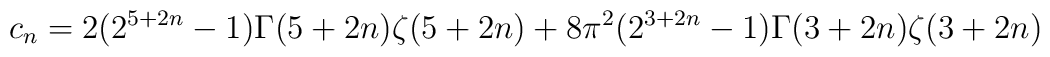
c_{n}=2(2^{5+2n}-1)\Gamma (5+2n)\zeta (5+2n)+8\pi ^{2}(2^{3+2n}-1)\Gamma(3+2n)\zeta (3+2n)